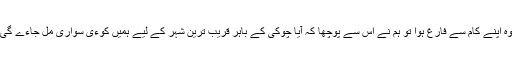
وہ اپنے کام سے فارغ ہوا تو ہم نے اس سے پوچھا کہ آیا چوکی کے باہر قریب ترین شہر کے لیے ہمیں کوءی سواری مل جاءے گی۔